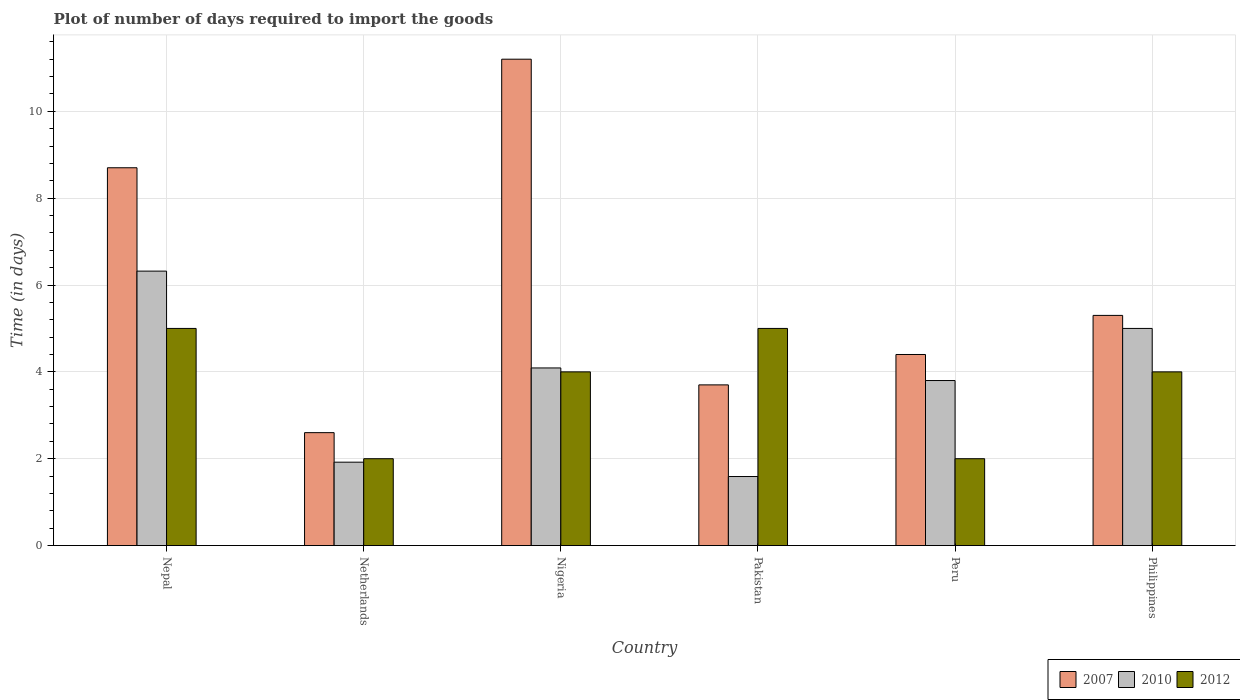
| Country | 2007 | 2010 | 2012 |
 | --- | --- | --- | --- |
 | Nepal | 8.7 | 6.32 | 5 |
 | Netherlands | 2.6 | 1.92 | 2 |
 | Nigeria | 11.2 | 4.09 | 4 |
 | Pakistan | 3.7 | 1.59 | 5 |
 | Peru | 4.4 | 3.8 | 2 |
 | Philippines | 5.3 | 5 | 4 |